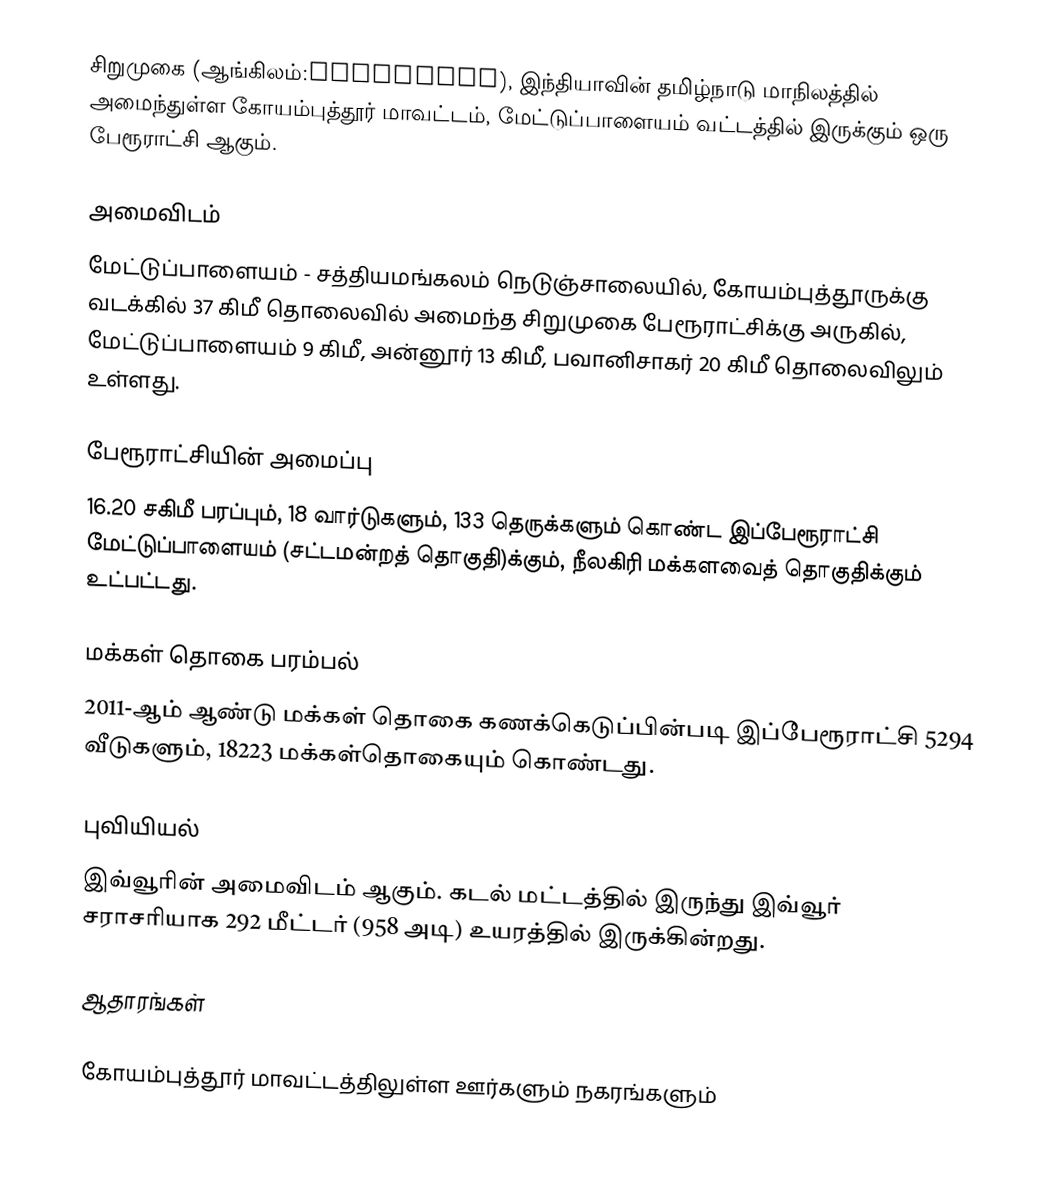
சிறுமுகை (ஆங்கிலம்:Sirumugai), இந்தியாவின் தமிழ்நாடு மாநிலத்தில் அமைந்துள்ள கோயம்புத்தூர் மாவட்டம், மேட்டுப்பாளையம் வட்டத்தில் இருக்கும் ஒரு பேரூராட்சி ஆகும்.

அமைவிடம்
மேட்டுப்பாளையம் - சத்தியமங்கலம் நெடுஞ்சாலையில், கோயம்புத்தூருக்கு வடக்கில் 37  கிமீ தொலைவில் அமைந்த சிறுமுகை பேரூராட்சிக்கு அருகில், மேட்டுப்பாளையம் 9 கிமீ, அன்னூர் 13 கிமீ, பவானிசாகர் 20 கிமீ தொலைவிலும் உள்ளது.

பேரூராட்சியின் அமைப்பு
16.20 சகிமீ பரப்பும், 18 வார்டுகளும், 133 தெருக்களும் கொண்ட இப்பேரூராட்சி மேட்டுப்பாளையம் (சட்டமன்றத் தொகுதி)க்கும், நீலகிரி மக்களவைத் தொகுதிக்கும் உட்பட்டது.

மக்கள் தொகை பரம்பல்
2011-ஆம் ஆண்டு மக்கள் தொகை கணக்கெடுப்பின்படி  இப்பேரூராட்சி 5294 வீடுகளும்,         18223 மக்கள்தொகையும் கொண்டது.

புவியியல்
இவ்வூரின் அமைவிடம்  ஆகும். கடல் மட்டத்தில் இருந்து இவ்வூர் சராசரியாக 292 மீட்டர் (958 அடி) உயரத்தில் இருக்கின்றது.

ஆதாரங்கள்

கோயம்புத்தூர் மாவட்டத்திலுள்ள ஊர்களும் நகரங்களும்